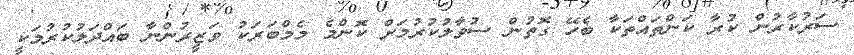
ސަރުކާރުން ކުރާ ކަންތައްތަކާ ބެހޭ ގޮތުން ސުވާލުކުރުމަށް ކޮންމެ މެމްބަރަކު ވަޒީރުންނާ ބައްދަލުކުރުމަކީ